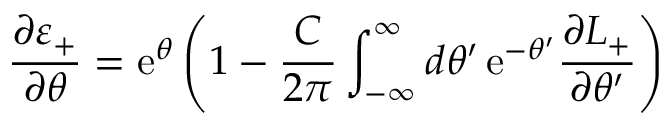
\frac { \partial \varepsilon _ { + } } { \partial \theta } = \mathrm { e } ^ { \theta } \left( 1 - \frac { C } { 2 \pi } \int _ { - \infty } ^ { \infty } d \theta ^ { \prime } \, \mathrm { e } ^ { - \theta ^ { \prime } } \frac { \partial L _ { + } } { \partial \theta ^ { \prime } } \right)